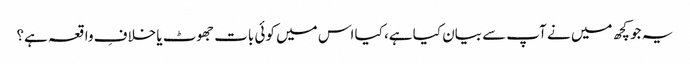
یہ جو کچھ میں نے آپ سے بیان کیا ہے، کیا اس میں کوئی بات جھوٹ یا خلافِ واقعہ ہے؟